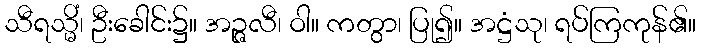
သီရသ္မိံ၊ ဦးခေါင်း၌။ အဉ္ဇလီ၊ ဝါ။ ကတွာ၊ ပြု၍။ အဋ္ဌံသု၊ ရပ်ကြကုန်၏။